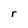
Character: r